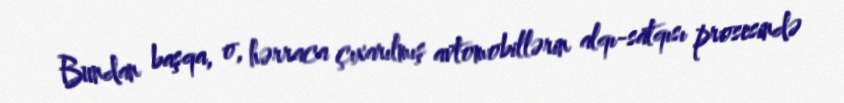
Bundan başqa, o, hərraca çıxarılmış avtomobillərin alqı-satqısı prosesində